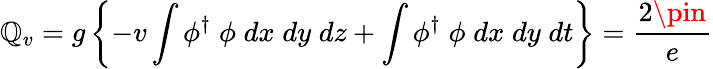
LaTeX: \mathbb{Q}_{v}=g\left\{ -v\int\phi^{\dagger}\; \phi\; dx\; dy\; dz+\int\phi^{\dagger}\; \phi\; dx\; dy\; dt\right\} =\frac{{2\pin}}{{e}}